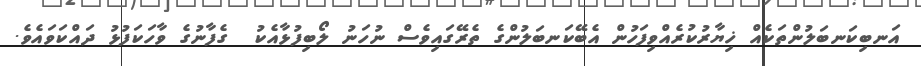
އަނބިކަނބަލުންތަކެއް ޚިޔާރުކުރެއްވިފަހުން އެބޭކަނބަލުންގެ ތެރޭގައިވެސް ނުހަނު ލޯބިފުޅާއެކު  ގެފާނުގެ ވާހަކަފުޅު ދައްކަވައެވެ.